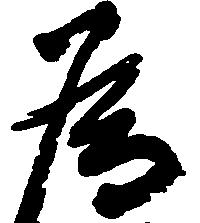
為